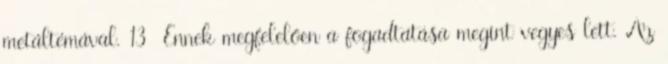
metáltémával. 13 Ennek megfelelően a fogadtatása megint vegyes lett. Az